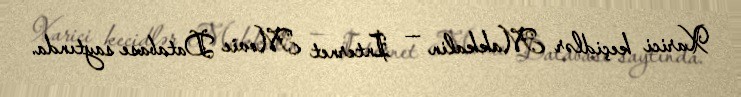
Xarici keçidlər Makkalin — Internet Movie Database saytında.